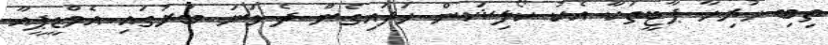
ތިބި ހުރިހާ ޕާޓީތަކާ އެކު ކޯލިޝަން ހަދައިގެން ދެ ވަނަ ބުރުގައި އެމްޑީޕީއާ